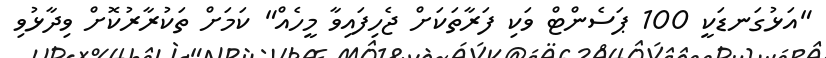
"އަޅުގަނޑަކީ 100 ޕަސެންޓް ވަކި ފަރާތަކަށް ޖެހިފައިވާ މީހެއް" ކަމަށް ތަކުރާރުކޮށް ވިދާޅުވި